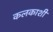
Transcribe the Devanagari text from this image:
कलकाशी